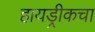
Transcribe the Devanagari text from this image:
हायड्रीकचा